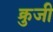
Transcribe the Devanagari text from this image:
क्रुजी